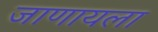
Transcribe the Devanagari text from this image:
जाणायला